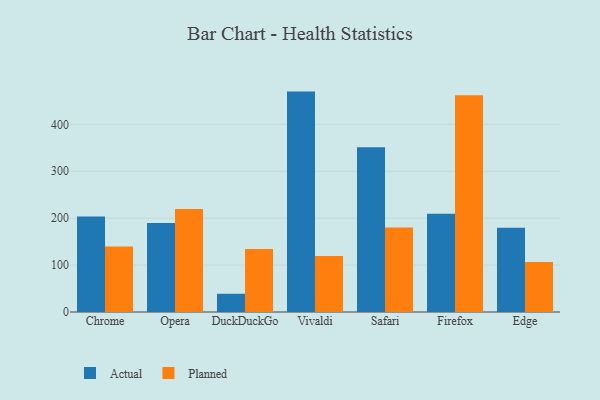
{"axis": {"x": "Browser", "y": "Energy Usage (MWh)"}, "legend": ["Actual", "Planned"], "data": [{"x": "Chrome", "y": 203.7, "type": "Actual"}, {"x": "Chrome", "y": 139.7, "type": "Planned"}, {"x": "Opera", "y": 189.8, "type": "Actual"}, {"x": "Opera", "y": 219.5, "type": "Planned"}, {"x": "DuckDuckGo", "y": 38.9, "type": "Actual"}, {"x": "DuckDuckGo", "y": 134.2, "type": "Planned"}, {"x": "Vivaldi", "y": 469.8, "type": "Actual"}, {"x": "Vivaldi", "y": 119.4, "type": "Planned"}, {"x": "Safari", "y": 351.1, "type": "Actual"}, {"x": "Safari", "y": 179.9, "type": "Planned"}, {"x": "Firefox", "y": 209.2, "type": "Actual"}, {"x": "Firefox", "y": 462.0, "type": "Planned"}, {"x": "Edge", "y": 179.7, "type": "Actual"}, {"x": "Edge", "y": 106.8, "type": "Planned"}]}